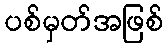
ပစ်မှတ်အဖြစ်